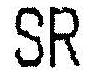
SR